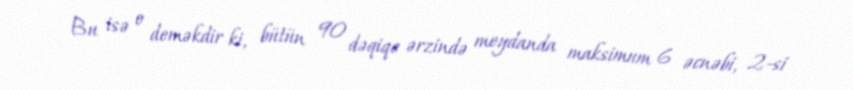
Bu isə o deməkdir ki, bütün 90 dəqiqə ərzində meydanda maksimum 6 əcnəbi, 2-si